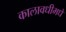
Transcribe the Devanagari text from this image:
कालावधीमधे